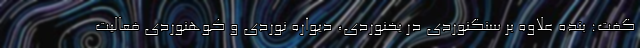
گفت: بنده علاوه بر سنگنوردی در یخنوردی، دیواره نوردی و کوهنوردی فعالیت